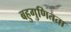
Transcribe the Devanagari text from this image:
बहुगुणितता